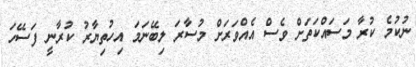
ނުކުމެ ކުރާ މަސައްކަތަށް ވެސް އެއްވަރަށް މުސާރަ ލިބޭނަމަ އިހުތިޔާރު ކުރާނީ ފަސޭހަ